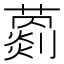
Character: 𦿦